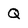
Character: Q